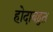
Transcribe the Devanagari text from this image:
होदाबहुत